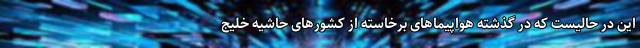
این در حالیست که در گذشته هواپیماهای برخاسته از کشورهای حاشیه خلیج